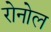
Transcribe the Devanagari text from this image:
रोनोल